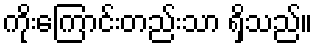
ကိုးကြောင်းတည်းသာ ရှိသည်။